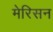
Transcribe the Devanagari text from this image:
मेरिसन